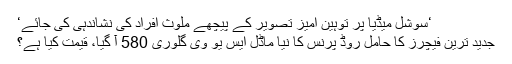
‘سوشل میڈیا پر توہین آمیز تصویر کے پیچھے ملوث افراد کی نشاندہی کی جائے‘
جدید ترین فیچرز کا حامل روڈ پرنس کا نیا ماڈل ایس یو وی گلوری 580 آ گیا، قیمت کیا ہے؟